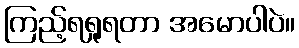
ကြည့်ရရှုရတာ အမောပါပဲ။